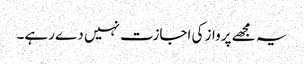
یہ مجھے پرواز کی اجازت نہیں دے رہے۔